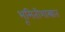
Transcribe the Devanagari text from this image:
भूमितीशास्त्रात